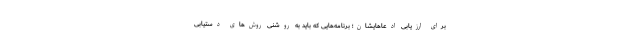
برای ارزیابی ادعاهایشان؛ برنامه‌هایی که باید به روشنی روش‌های دستیابی